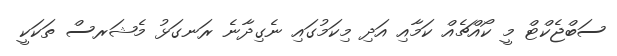
ސަބްޖެކްޓް މީ ކޯއްޗެއް ކަމާއި އަދި މިކަމުގައި ނެގިދާނެ ރަނގަޅު މެޝަރސް ތަކަކީ